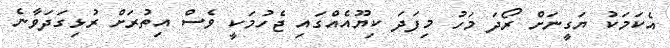
އެކަމަކު ޔަގީނަށް ރޯދަ މަހު މިފަދަ ކިޔޫއެއްގައި ޖެހުމަކީ ވެސް އިތުރަށް ރުޅިގަދަވާނެ